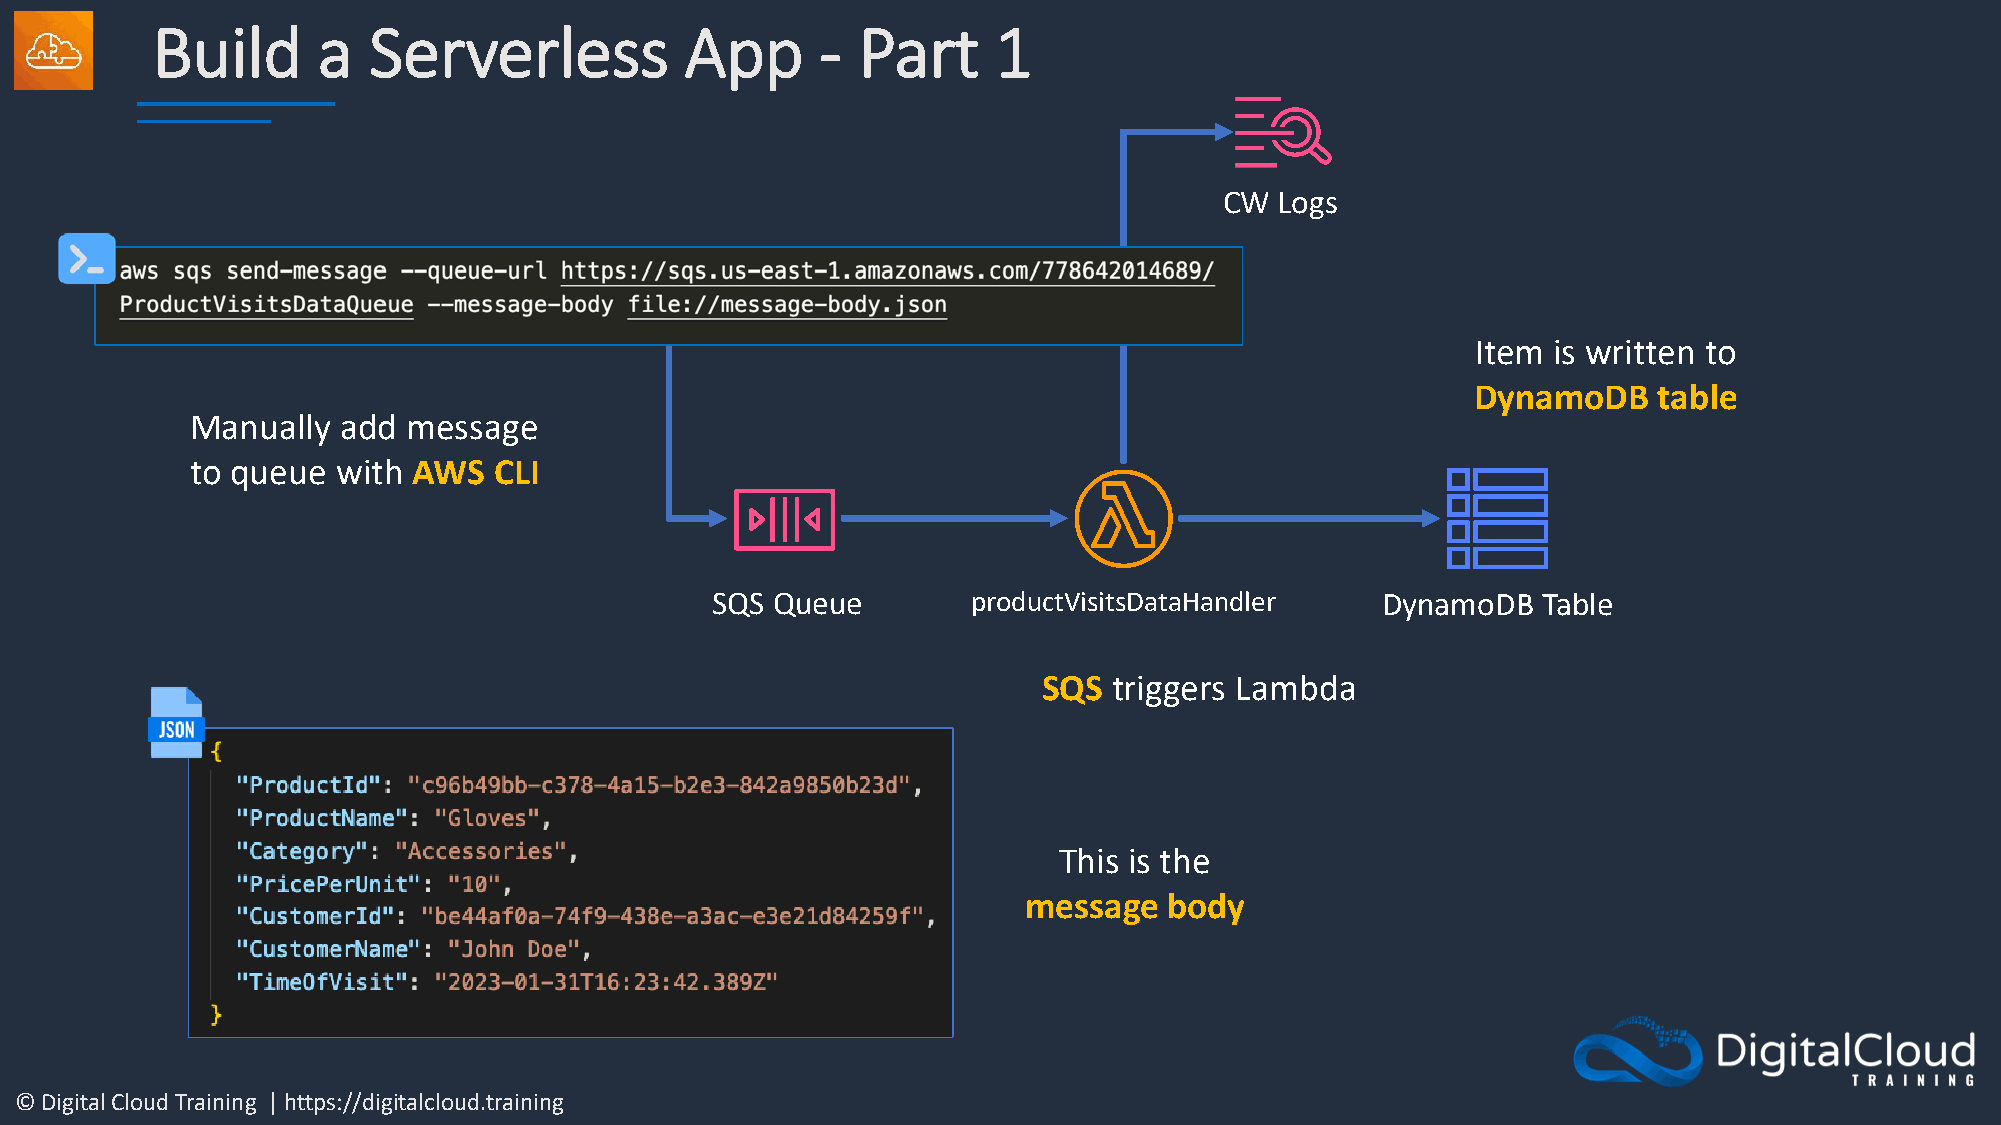
Build      a  Serverless           App      -  Part     1
 CW  Logs
 Item is written to
 DynamoDB    table
 Manually  add message
 to queue with AWS   CLI
 SQS Queue        productVisitsDataHandler   DynamoDB   Table
 SQS  triggers Lambda
 This is the
 message  body
 © Digital Cloud Training | https://digitalcloud.training